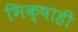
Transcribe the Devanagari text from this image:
भिक्षाही